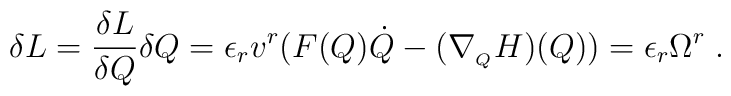
\delta L=\frac{\delta L}{\delta Q}\delta Q=\epsilon _rv^r(F(Q)\dot{Q}-(\nabla _{_Q}H)(Q))=\epsilon _r\Omega ^r\;.